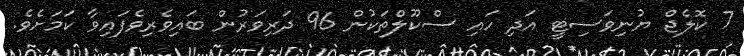
7 ކޮލެޖް ޔުނިވަސިޓީ އަދި ހައި ސްކޫލްތަކުން 96 ދަރިވަރުން ބައިވެރިވެފައިވާ ކަމަށެވެ.